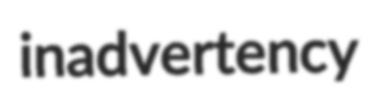
inadvertency